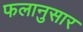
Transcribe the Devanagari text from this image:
फलानुसार